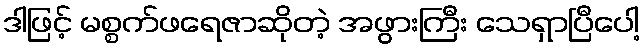
ဒါဖြင့် မစ္စက်ဖရေဇာဆိုတဲ့ အဖွားကြီး သေရှာပြီပေါ့